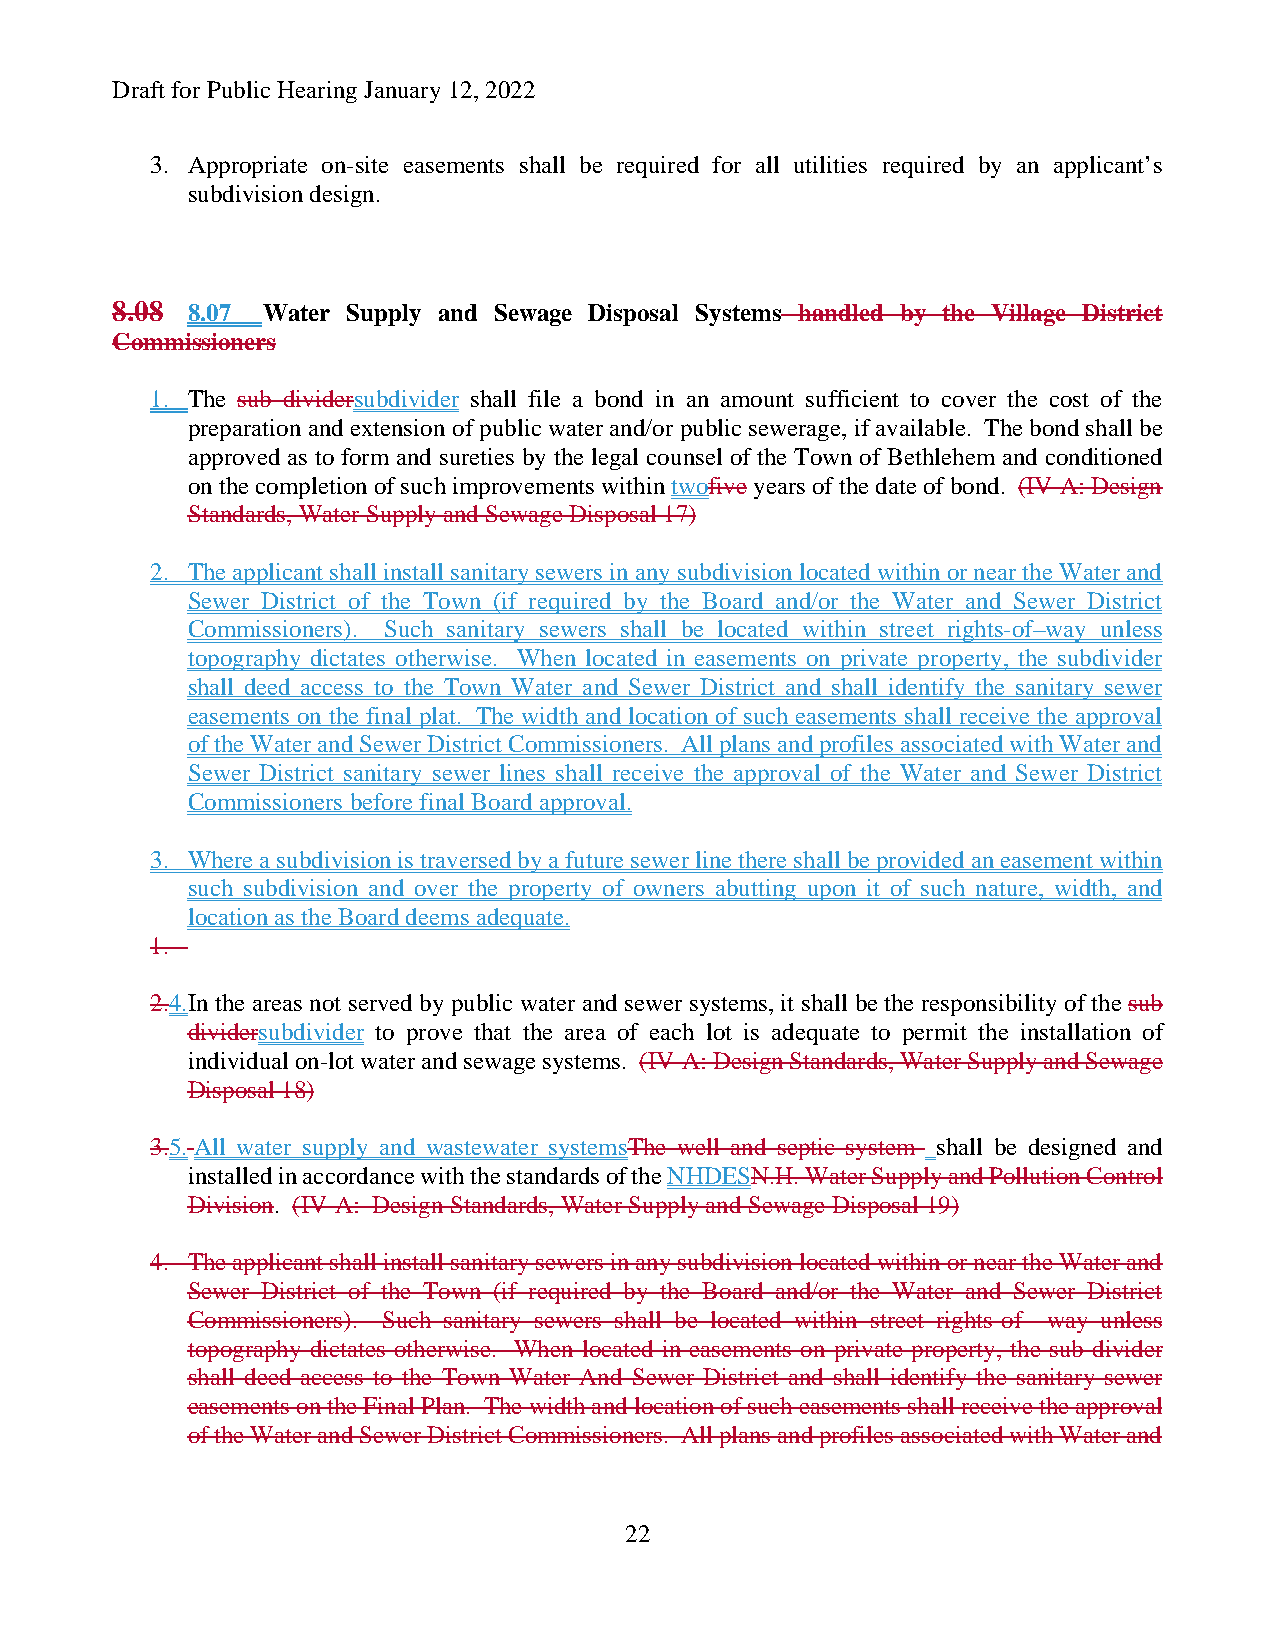
Draft for Public Hearing January 12, 2022
 3. Appropriate on-site easements shall be required for all utilities required by an applicant’s
 subdivision design.
 8.08 8.07 Water Supply and Sewage Disposal Systems handled by the Village District
 Commissioners
 1. The sub dividersubdivider shall file a bond in an amount sufficient to cover the cost of the
 preparation and extension of public water and/or public sewerage, if available. The bond shall be
 approved as to form and sureties by the legal counsel of the Town of Bethlehem and conditioned
 on the completion of such improvements within twofive years of the date of bond. (IV-A: Design
 Standards, Water Supply and Sewage Disposal 17)
 2. The applicant shall install sanitary sewers in any subdivision located within or near the Water and
 Sewer District of the Town (if required by the Board and/or the Water and Sewer District
 Commissioners). Such sanitary sewers shall be located within street rights-of–way unless
 topography dictates otherwise. When located in easements on private property, the subdivider
 shall deed access to the Town Water and Sewer District and shall identify the sanitary sewer
 easements on the final plat. The width and location of such easements shall receive the approval
 of the Water and Sewer District Commissioners. All plans and profiles associated with Water and
 Sewer District sanitary sewer lines shall receive the approval of the Water and Sewer District
 Commissioners before final Board approval.
 3. Where a subdivision is traversed by a future sewer line there shall be provided an easement within
 such subdivision and over the property of owners abutting upon it of such nature, width, and
 location as the Board deems adequate.
 1.
 2.4.In the areas not served by public water and sewer systems, it shall be the responsibility of the sub
 dividersubdivider to prove that the area of each lot is adequate to permit the installation of
 individual on-lot water and sewage systems. (IV-A: Design Standards, Water Supply and Sewage
 Disposal 18)
 3.5. All water supply and wastewater systemsThe well and septic system shall be designed and
 installed in accordance with the standards of the NHDESN.H. Water Supply and Pollution Control
 Division. (IV-A: Design Standards, Water Supply and Sewage Disposal 19)
 4. The applicant shall install sanitary sewers in any subdivision located within or near the Water and
 Sewer District of the Town (if required by the Board and/or the Water and Sewer District
 Commissioners). Such sanitary sewers shall be located within street rights-of –way unless
 topography dictates otherwise. When located in easements on private property, the sub divider
 shall deed access to the Town Water And Sewer District and shall identify the sanitary sewer
 easements on the Final Plan. The width and location of such easements shall receive the approval
 of the Water and Sewer District Commissioners. All plans and profiles associated with Water and
 22